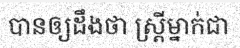
បានឲ្យដឹងថា ស្ត្រីម្នាក់ជា